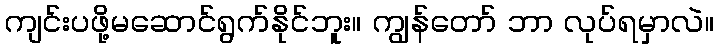
ကျင်းပဖို့မဆောင်ရွက်နိုင်ဘူး။ ကျွန်တော် ဘာ လုပ်ရမှာလဲ။